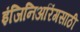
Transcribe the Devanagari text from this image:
इंजिनिअरिंगसाठी